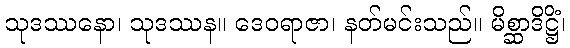
သုဒဿနော၊ သုဒဿန။ ဒေဝရာဇာ၊ နတ်မင်းသည်။ မိစ္ဆာဒိဋ္ဌိံ၊